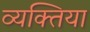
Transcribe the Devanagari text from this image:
व्यक्तिया